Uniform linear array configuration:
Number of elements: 16
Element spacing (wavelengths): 0.5
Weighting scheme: cosine
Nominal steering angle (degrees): -30
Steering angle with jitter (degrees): -28.408
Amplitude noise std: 0.05
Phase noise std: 0.05

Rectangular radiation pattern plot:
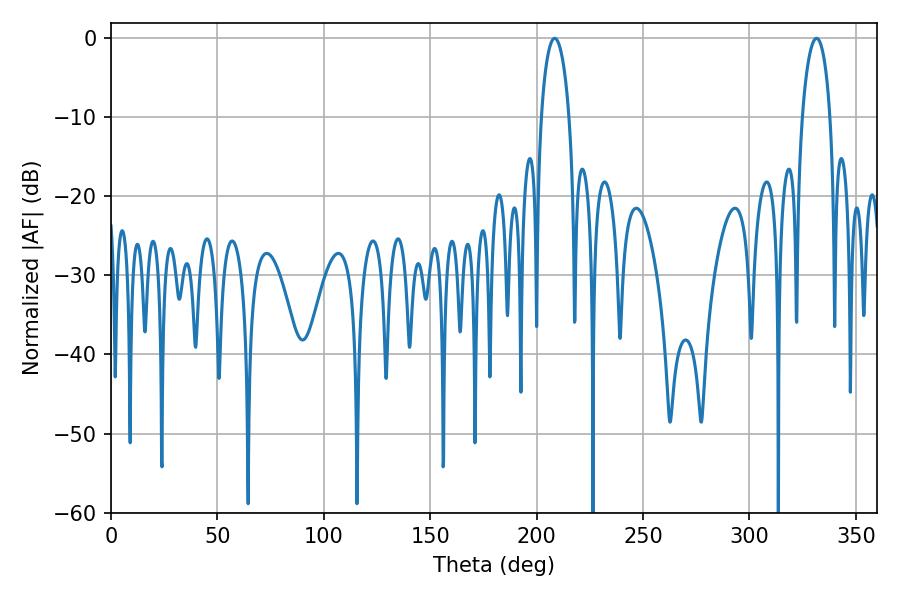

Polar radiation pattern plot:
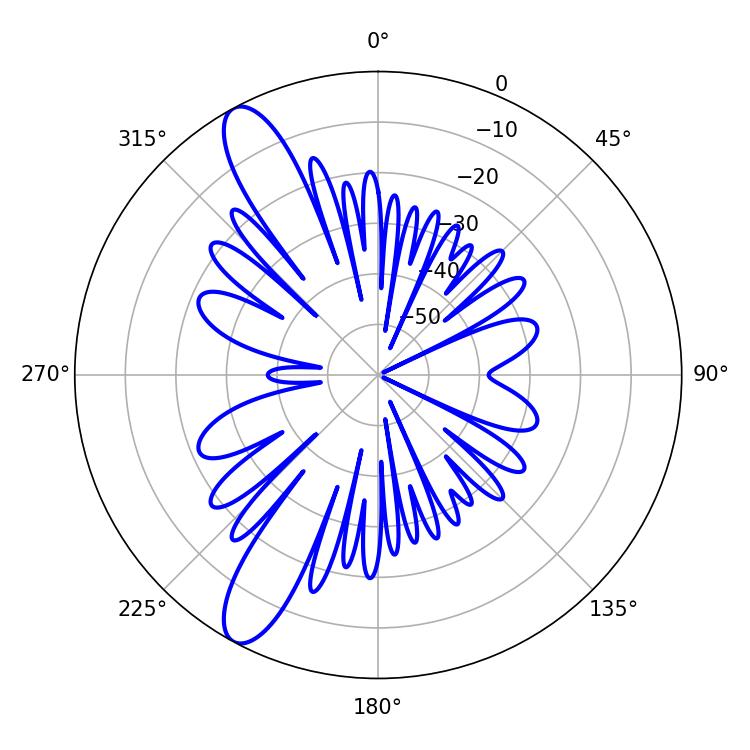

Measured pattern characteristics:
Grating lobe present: FALSE
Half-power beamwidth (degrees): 7.38
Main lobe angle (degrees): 208.44